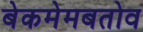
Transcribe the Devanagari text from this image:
बेकमेमबतोव